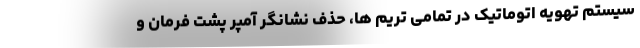
سیستم تهویه اتوماتیک در تمامی تریم ها، حذف نشانگر آمپر پشت فرمان و